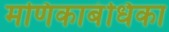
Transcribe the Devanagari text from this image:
मणिकाबंधिका